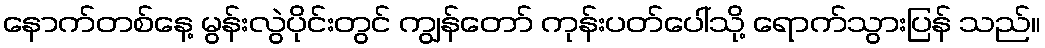
နောက်တစ်နေ့ မွန်းလွဲပိုင်းတွင် ကျွန်တော် ကုန်းပတ်ပေါ်သို့ ရောက်သွားပြန် သည်။